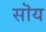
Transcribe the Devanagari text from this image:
सॊय